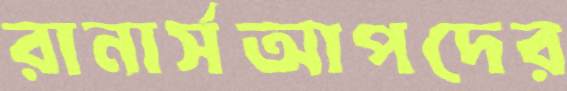
রানার্সআপদের